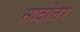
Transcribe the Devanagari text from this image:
साठोत्तर